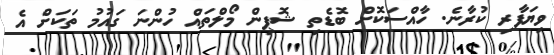
ވިޔަފާރި ކުރާނެ. ހާއްސަކޮށް ބޮޑެތި ޝޮޕިން މޯލްތައް ހުންނަ ގައުމު ތަކަށް އެ